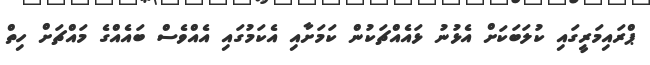
ޕްރައިމަރީގައި ކުލަބަކަށް އެޅުނު ޅައެއްޗަކުން ކަމަށާއި އެކަމުގައި އެއްވެސް ބައެއްގެ މައްޗަށް ހިތް